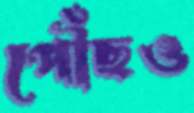
পৌঁছও